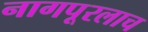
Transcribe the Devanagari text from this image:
नागपूरलाच